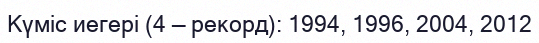
Күміс иегері (4 — рекорд): 1994, 1996, 2004, 2012